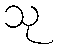
သု